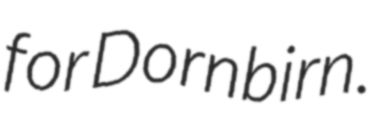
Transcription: for Dornbirn.